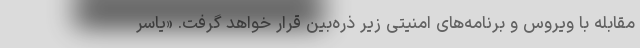
مقابله با ویروس و برنامه‌های امنیتی زیر ذره‌بین قرار خواهد گرفت. «یاسر